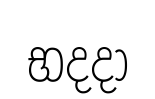
භදදා